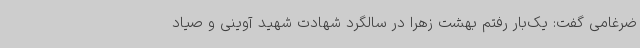
ضرغامی گفت: یک‌بار رفتم بهشت زهرا در سالگرد شهادت شهید آوینی و صیاد